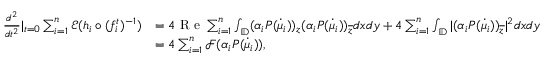
\begin{array} { r l } { \frac { d ^ { 2 } } { d t ^ { 2 } } | _ { t = 0 } \sum _ { i = 1 } ^ { n } \mathcal { E } ( h _ { i } \circ ( f _ { i } ^ { t } ) ^ { - 1 } ) } & { = 4 \textrm { R e } \sum _ { i = 1 } ^ { n } \int _ { \mathbb { D } } ( \alpha _ { i } P ( \dot { \mu } _ { i } ) ) _ { z } ( \alpha _ { i } P ( \dot { \mu } _ { i } ) ) _ { \overline { { z } } } d x d y + 4 \sum _ { i = 1 } ^ { n } \int _ { \mathbb { D } } | ( \alpha _ { i } P ( \dot { \mu } _ { i } ) ) _ { \overline { { z } } } | ^ { 2 } d x d y } \\ & { = 4 \sum _ { i = 1 } ^ { n } \mathcal { F } ( \alpha _ { i } P ( \dot { \mu } _ { i } ) ) , } \end{array}